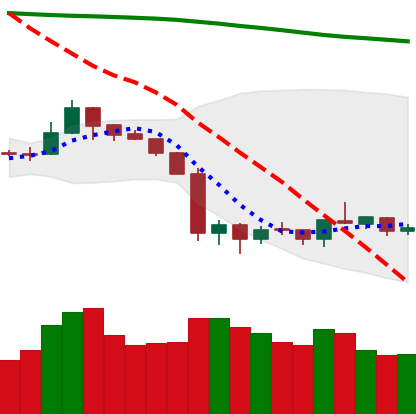
Ticker: NEO-USD
Chart end date: 2019-10-04
Forward return: 4.94%
Label: up_3_5